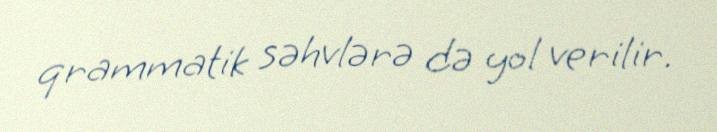
qrammatik səhvlərə də yol verilir.